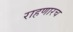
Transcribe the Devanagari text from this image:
राहणारच